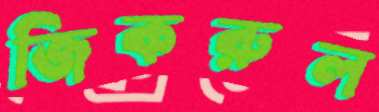
জিকরুল